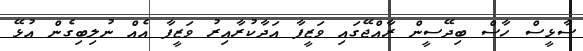
ސާޅީސް ހާސް ބިދޭސީން ރާއްޖޭގައި ވަޒީފާ އަދާކުރާއިރު ވަޒީފާ އެއް ނުލިބިގެން އުޅޭ